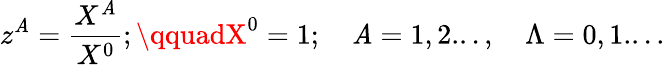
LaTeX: z^{\mathit{A}}={\frac{{X^{\mathit{A}}}}{{X^{0}}}};\qquadX^{0}=1;\quad\mathit{A}=1,2...,\quad\Lambda=0,1....